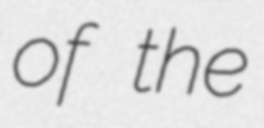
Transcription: of the